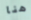
هنا